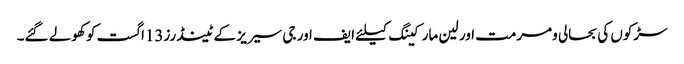
سڑکوں کی بحالی ومرمت اور لین مارکینگ کیلئے ایف اور جی سیریز کے ٹینڈرز13اگست کو کھولے گئے۔